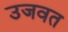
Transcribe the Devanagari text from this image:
उजवत